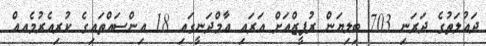
ދައުލަތުގެ ދަރަނި 703 ބިލިޔަން ރުޕީޒްއަށް އަރައި އާމްދަނީގައި 18 އިންސައްތައިގެ ކުރިއެރުމެއއް